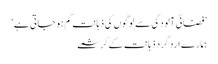
’فضائی آلودگی سے لوگوں کی ذہانت کم ہو جاتی ہے‘
ہمارے ارد گرد ذہانت کے کرشمے